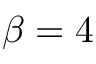
\beta = 4